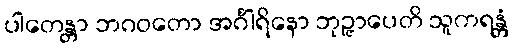
ပါတေန္တာ ဘဂဝတော အင်္ဂါရိနော ဘုဉ္ဇာပေတိ သူကရန္တံ